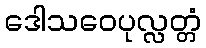
ဒေါသဝေပုလ္လတ္တံ